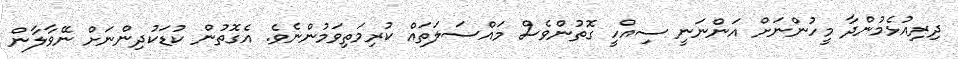
ދިރިއުޅެމުންދާ މީހުންނަށް އަންނަނީ ސިއްހީ ގޮތުންވެސް މައްސަލަތައް ކުރިމަތިވަމުންނެވެ. އެގޮތުން ކުޑަކުދިންނަށް ނޭވާލާން